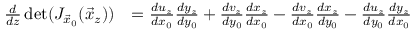
\begin{array} { r l } { \frac { d } { d z } \operatorname* { d e t } ( J _ { \vec { x } _ { 0 } } ( \vec { x } _ { z } ) ) } & { = \frac { d u _ { z } } { d x _ { 0 } } \frac { d y _ { z } } { d y _ { 0 } } + \frac { d v _ { z } } { d y _ { 0 } } \frac { d x _ { z } } { d x _ { 0 } } - \frac { d v _ { z } } { d x _ { 0 } } \frac { d x _ { z } } { d y _ { 0 } } - \frac { d u _ { z } } { d y _ { 0 } } \frac { d y _ { z } } { d x _ { 0 } } } \end{array}